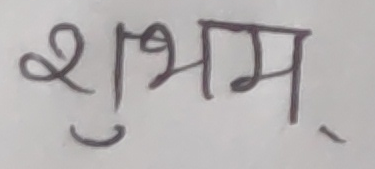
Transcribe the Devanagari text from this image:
शुभम्.